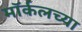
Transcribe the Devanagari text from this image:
मॉर्कलच्या